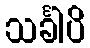
သင်္ခါပိ